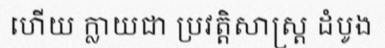
ហើយ ក្លាយជា ប្រវត្តិសាស្ត្រ ដំបូង